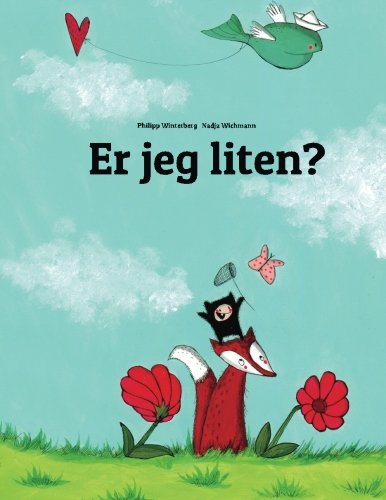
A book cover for Er jeg liten?: En bildehistorie av Philipp Winterberg og Nadja Wichmann (Norwegian Edition); Philipp Winterberg; Children's Books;